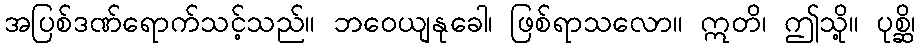
အပြစ်ဒဏ်ရောက်သင့်သည်။ ဘဝေယျနုခေါ၊ ဖြစ်ရာသလော။ ဣတိ၊ ဤသို့။ ပုစ္ဆိ၊